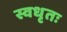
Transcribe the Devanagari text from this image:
स्वधृतः